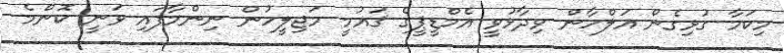
މިކަމާ ގުޅިގެން އަލްހާން ވިދާޅުވީ އެމްޑީޕީގެ ޤައުމީ މަޖިލީހުން ނިންމާފައި ވަނީ ކޮންމެ